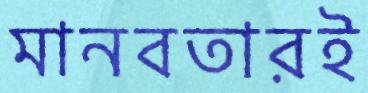
মানবতারই